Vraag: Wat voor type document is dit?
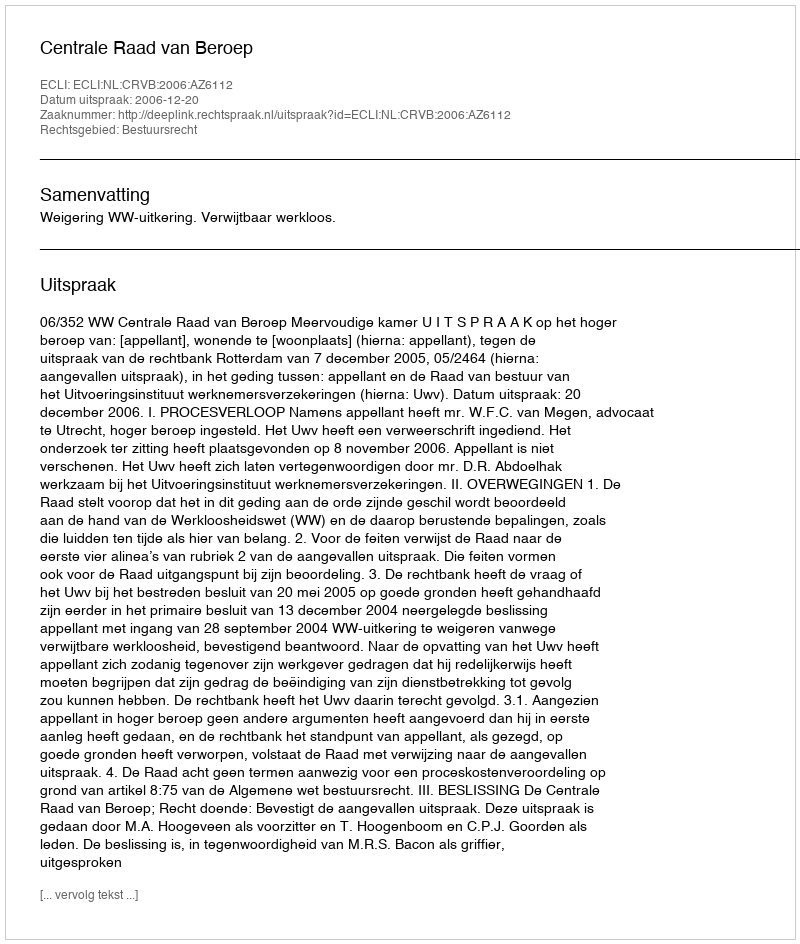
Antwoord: Uitspraak